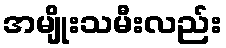
အမျိုးသမီးလည်း